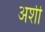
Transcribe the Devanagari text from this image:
अर्शी